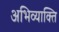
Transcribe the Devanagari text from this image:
अभिव्याक्ति